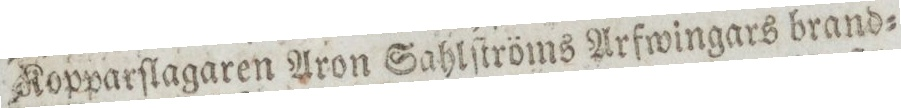
Kopparſlagaren Aron Sahlſtröms Arfwingars brand=